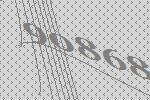
90868